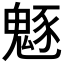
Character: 𩳟